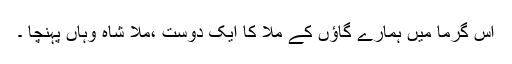
اس گرما میں ہمارے گاﺅں کے ملّا کا ایک دوست ،ملّا شاہ وہاں پہنچا ۔